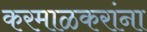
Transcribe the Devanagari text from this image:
करमाळकरांना